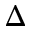
\Delta